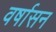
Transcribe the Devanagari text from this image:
वर्षासन